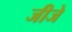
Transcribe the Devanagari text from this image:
जीजे